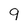
Character: 9